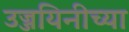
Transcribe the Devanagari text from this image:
उज्जयिनीच्या